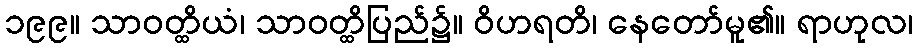
၁၉၉။ သာဝတ္ထိယံ၊ သာဝတ္ထိပြည်၌။ ဝိဟရတိ၊ နေတော်မူ၏။ ရာဟုလ၊